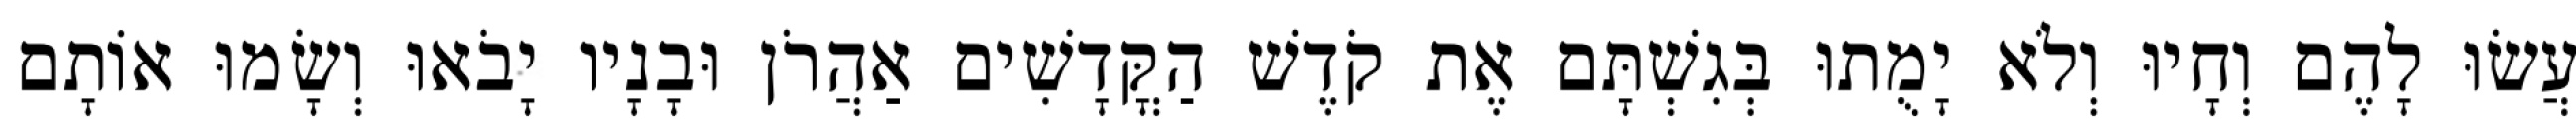
עֲשׂוּ לָהֶם וְחָיוּ וְלֹא יָמֻתוּ בְּגִשְׁתָּם אֶת קֹדֶשׁ הַקֳּדָשִׁים אַהֲרֹן וּבָנָיו יָבֹאוּ וְשָׂמוּ אוֹתָם